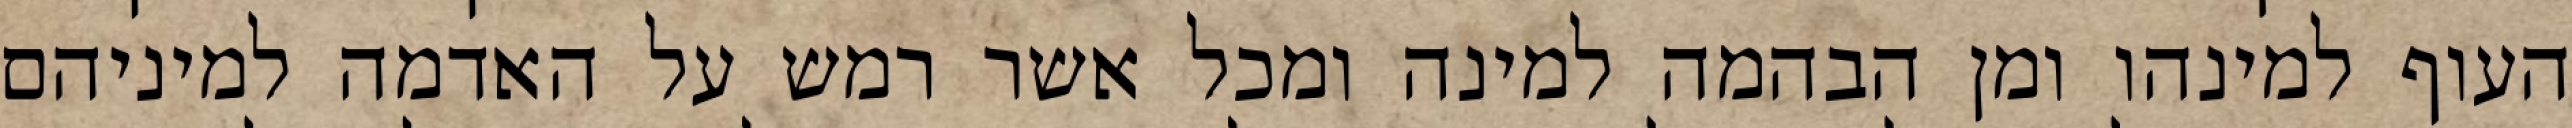
העוף למינהו ומן הבהמה למינה ומכל אשר רמש על האדמה למיניהם